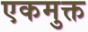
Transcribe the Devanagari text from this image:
एकमुक्त